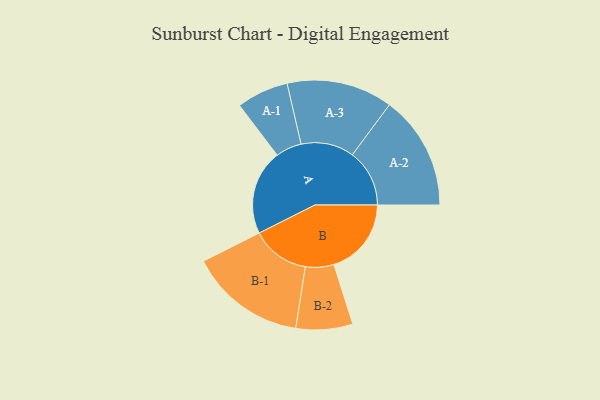
{"axis": {"x": "Segment", "y": "Value"}, "legend": ["", "A", "B"], "data": [{"x": "A", "y": 390, "type": ""}, {"x": "B", "y": 355, "type": ""}, {"x": "A-1", "y": 119, "type": "A"}, {"x": "A-2", "y": 262, "type": "A"}, {"x": "A-3", "y": 243, "type": "A"}, {"x": "B-1", "y": 267, "type": "B"}, {"x": "B-2", "y": 130, "type": "B"}]}